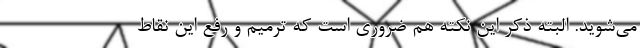
می‌شوید. البته ذکر این نکته هم ضروری است که ترمیم و رفع این نقاط